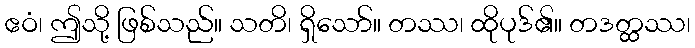
ဧဝံ၊ ဤသို့ ဖြစ်သည်။ သတိ၊ ရှိသော်။ တဿ၊ ထိုပုဒ်၏။ တဒတ္ထဿ၊